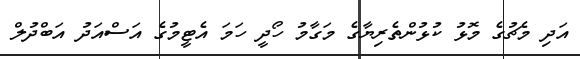
އަދި މެޗުގެ މޮޅު ކުޅުންތެރިޔާގެ މަގާމު ހޯދީ ހަމަ އެޓީމުގެ އަސްއަދު އަބްދުލް